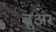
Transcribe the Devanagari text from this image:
ब्रुअर